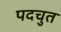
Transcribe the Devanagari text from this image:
पदचुत